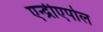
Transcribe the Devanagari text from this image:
एन्द्रीएपोल